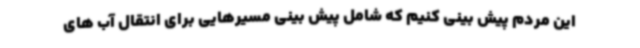
این مردم پیش بینی کنیم که شامل پیش بینی مسیرهایی برای انتقال آب های